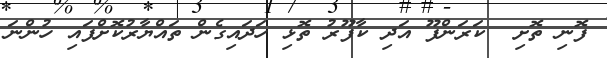
ފޮނި ތޮށި  ކަރަންފޫ އަދި ކާފޫރު ތޮޅި ހަދައިގެން ތައްޔާރުކޮށްފައި ހުންނަ